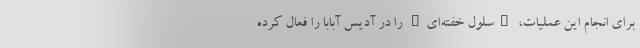
برای انجام این عملیات، "سلول خفته‌ای" را در آدیس آبابا را فعال کرده